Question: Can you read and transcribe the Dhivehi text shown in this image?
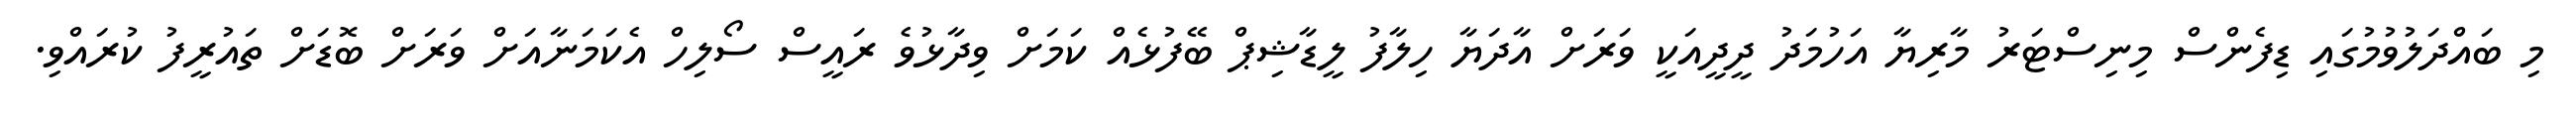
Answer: މި ބައްދަލުވުމުގައި ޑިފެންސް މިނިސްޓަރު މާރިޔާ އަހުމަދު ދީދީއަކީ ވަރަށް އާދަޔާ ހިލާފު ލީޑާޝިޕް ބޭފުޅެއް ކަމަށް ވިދާޅުވެ ރައީސް ސޯލިހް އެކަމަނާއަށް ވަރަށް ބޮޑަށް ތައުރީފު ކުރައްވި.